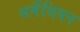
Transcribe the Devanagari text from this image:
सर्मॅशियन